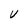
Character: V